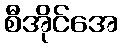
စီအိုင်အေ